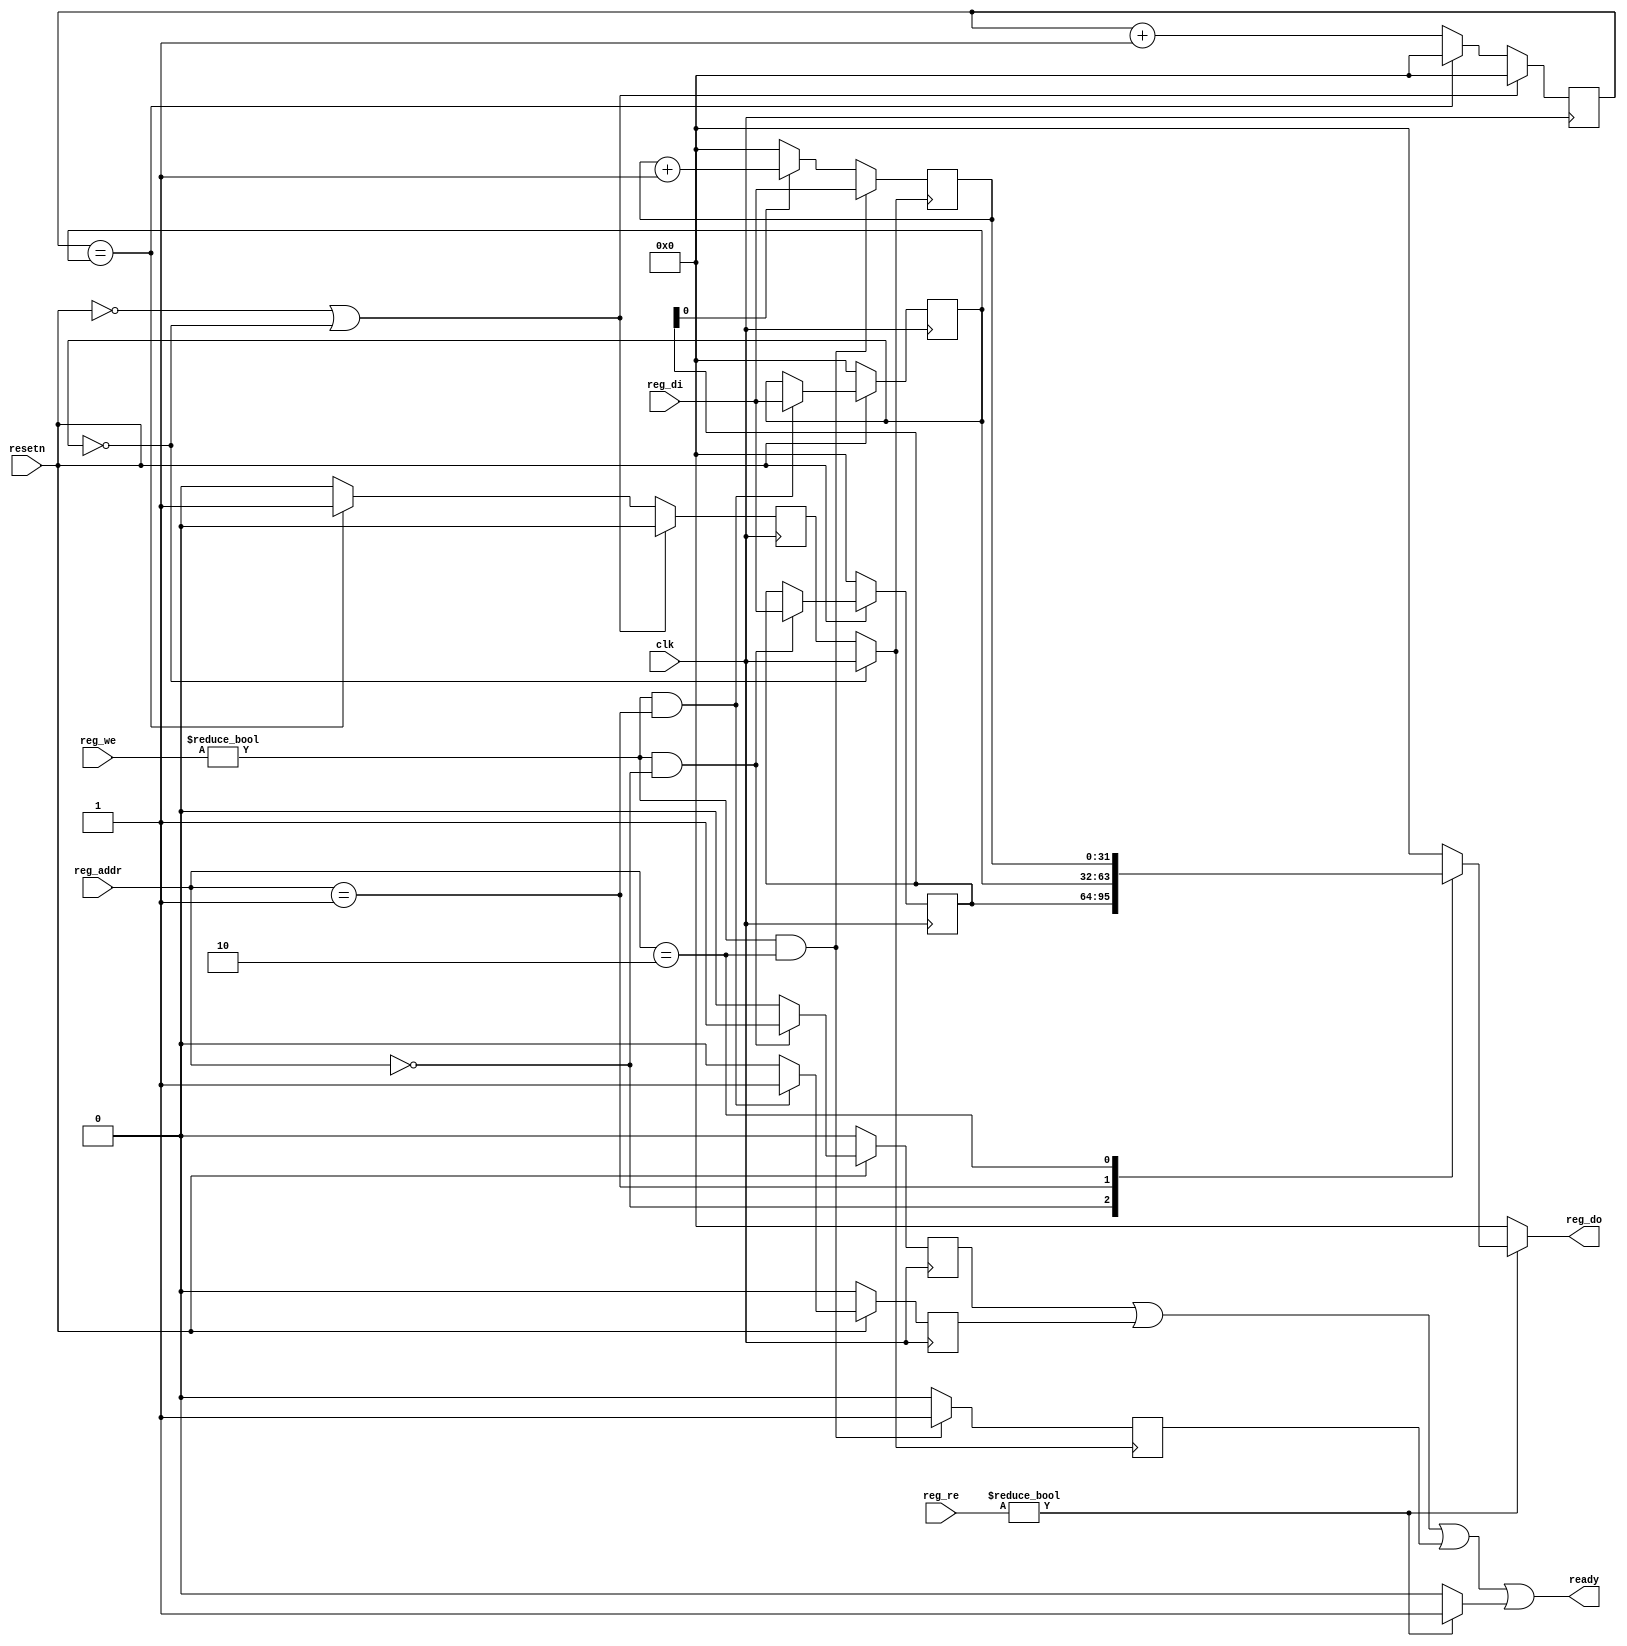
module simplecounter (
    input clk,
    input resetn,

    input  [ 3:0] reg_we,
    input  [ 3:0] reg_re,
    input  [ 3:0] reg_addr,
    input  [31:0] reg_di,
    output reg [31:0] reg_do,

    output ready
);
  reg [31:0] cfg_reg;   // Pos 0
  reg cfg_wr_ready;
  reg [31:0] presc_reg; // Pos 1
  reg presc_wr_ready;
  reg [31:0] cnt_reg;   // Pos 2
  reg cnt_wr_ready;

  reg [31:0] presc_cnt;
  reg presc_clk;
  wire cnt_clk;

  reg rd_ready;

  assign ready = cfg_wr_ready || presc_wr_ready || cnt_wr_ready || rd_ready;

  always @(*) begin
    if (reg_re != 4'b 0000) begin
      rd_ready = 1;

      case(reg_addr)
        4'b 0000: reg_do = cfg_reg;
        4'b 0001: reg_do = presc_reg;
        4'b 0010: reg_do = cnt_reg;
        default: reg_do = 32'h 0000_0000;
      endcase

    end else begin
      rd_ready = 0;
      reg_do = 32'h 0000_0000;
    end
  end

  always @(posedge clk) begin

    cfg_wr_ready <= 0; 
    cfg_reg <= cfg_reg; // This does look a bit funky... 

    if((reg_we != 4'b 0000) && (reg_addr == 4'b 0000)) begin
        cfg_reg <= reg_di;
        cfg_wr_ready <= 1;
    end

    if(!resetn) begin
      cfg_reg <= 32'h 0000_0000;
      cfg_wr_ready <= 0;
    end 
  end

  always @(posedge clk) begin

    presc_wr_ready <= 0;
    presc_reg <= presc_reg;

    if((reg_we != 4'b 0000) && (reg_addr == 4'b 0001)) begin
      presc_reg <= reg_di;
      presc_wr_ready <= 1;
    end

    if(!resetn) begin
      presc_reg <= 32'h 0000_0000;
      presc_wr_ready <= 0;
    end     
  end

  always @(posedge clk) begin

    presc_cnt <= presc_cnt + 1;
    presc_clk <= 0;

    if(presc_cnt == presc_reg) begin
      presc_cnt <= 32'h 0000_0000;
      presc_clk <= 1;
    end

    if((!resetn) || (presc_reg == 32'h 0000_0000)) begin
      presc_cnt <= 32'h 0000_0000;
      presc_clk <= 0;
    end
  end

  assign cnt_clk = (presc_reg == 0) ? clk : presc_clk;

  always @(posedge cnt_clk) begin
    
    cnt_wr_ready <= 0;
    cnt_reg <= 0;
    
    if(cfg_reg[0] == 1) begin
      cnt_reg <= cnt_reg + 1;
    end

    if((reg_we != 4'b 0000) && (reg_addr == 4'b 0010)) begin
        cnt_reg <= reg_di;
        cnt_wr_ready <= 1;
    end 
  end

endmodule